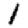
Digit: 1